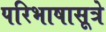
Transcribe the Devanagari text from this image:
परिभाषासूत्रे